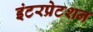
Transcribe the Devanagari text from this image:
इंटरप्रेटशन